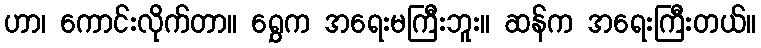
ဟာ၊ ကောင်းလိုက်တာ။ ရွှေက အရေးမကြီးဘူး။ ဆန်က အရေးကြီးတယ်။